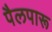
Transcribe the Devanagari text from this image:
पैलपारू